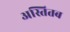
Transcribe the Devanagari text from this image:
अस्तितब